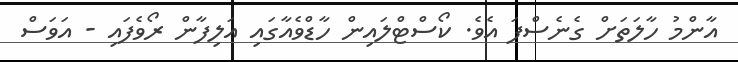
އާންމު ހާލަތަށް ގެނެސްފަ އެވެ. ކޯސްޓްލައިން ހާޑްވެއާގައި އަލިފާން ރޯވެފައި - އަވަސް